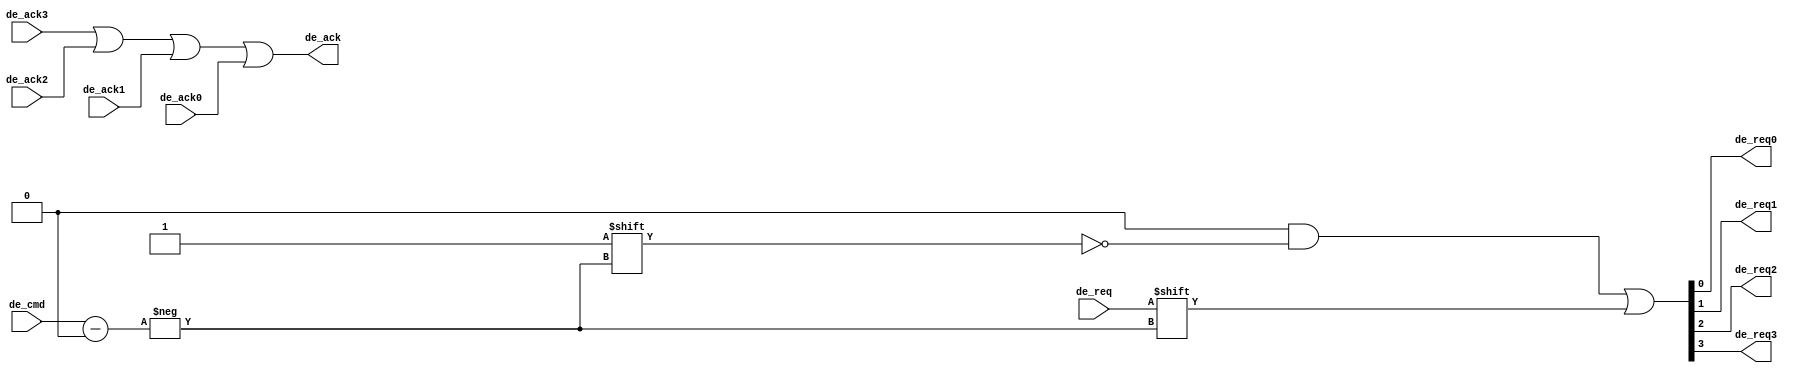
//Verilog HDL for "COMP32211", "drawing_demux" "functional"

`define TPD 2		// Propagation delay for cosmetic purposes in simulation

module drawing_demux( input  wire       de_req,
                      input  wire [1:0] de_cmd,
                      output wire       de_req0,
                      output wire       de_req1,
                      output wire       de_req2,
                      output wire       de_req3,
		      input  wire       de_ack0,
		      input  wire       de_ack1,
		      input  wire       de_ack2,
		      input  wire       de_ack3,
                      output wire       de_ack);

reg [3:0] req;

always @ (de_req, de_cmd)
begin
req = 4'b0000;		// Example of using blocking assignments
req[de_cmd] = de_req;	//  to overwrite a 'default' value
end

assign #`TPD de_req0 = req[0];
assign #`TPD de_req1 = req[1];
assign #`TPD de_req2 = req[2];
assign #`TPD de_req3 = req[3];

assign #`TPD de_ack = de_ack3 ||  de_ack2 ||  de_ack1 ||  de_ack0;

endmodule